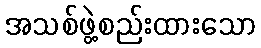
အသစ်ဖွဲ့စည်းထားသော